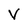
Character: v